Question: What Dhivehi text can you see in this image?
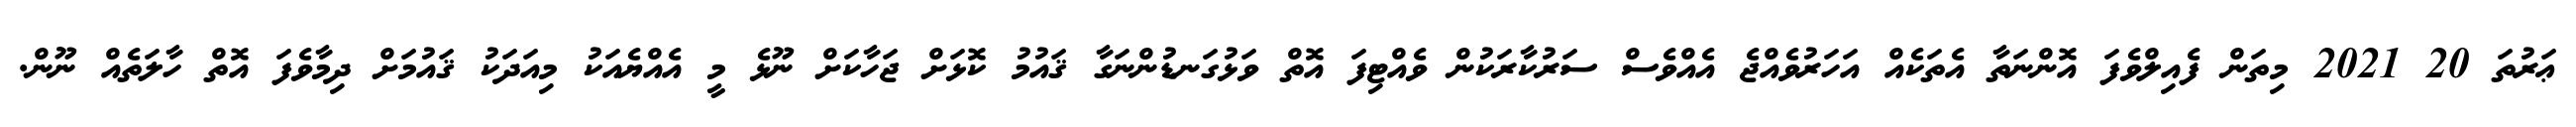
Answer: ޢަރުތަ 20 2021 މިތަން ފެއިލްވެފަ އޮންނަތާ އެތަކެއް އަހަރުވެއްޖެ އެއްވެސް ސަރުކާރަކުން ވެއްޓިފަ އޮތް ވަޅުގަނޑުންނަގާ ޤައުމު ކޮޅަށް ޖަހާކަށް ނޫޅެ މީ އެއްޔެއަކު މިއަދަކު ޤައުމަށް ދިމާވެފަ އޮތް ހާލަތެއް ނޫން.